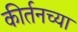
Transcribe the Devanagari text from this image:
कीर्तनच्या